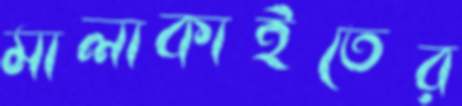
মালাকাইতের